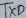
Text: TXD